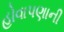
હોવાપણાની